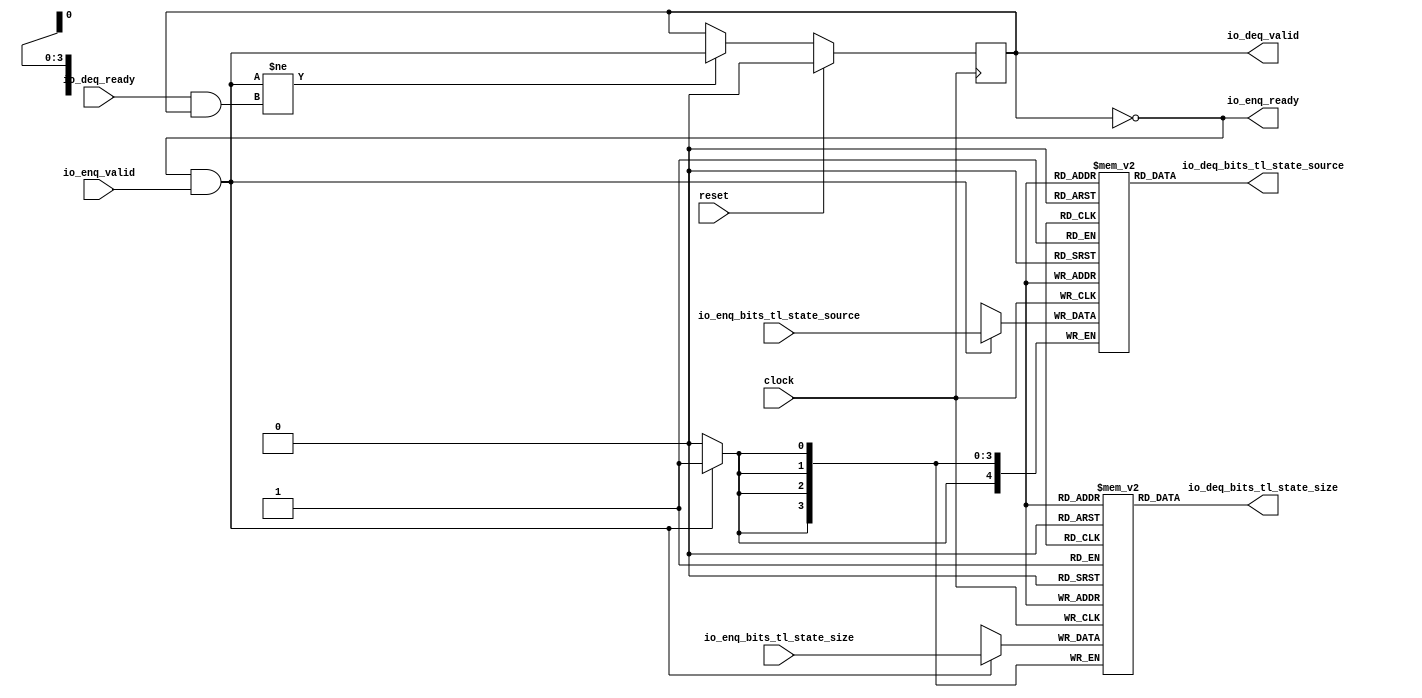
module QueueCompatibility( // @[:freechips.rocketchip.system.DefaultRV32Config.fir@22759.2]
  input        clock, // @[:freechips.rocketchip.system.DefaultRV32Config.fir@22760.4]
  input        reset, // @[:freechips.rocketchip.system.DefaultRV32Config.fir@22761.4]
  output       io_enq_ready, // @[:freechips.rocketchip.system.DefaultRV32Config.fir@22762.4]
  input        io_enq_valid, // @[:freechips.rocketchip.system.DefaultRV32Config.fir@22762.4]
  input  [3:0] io_enq_bits_tl_state_size, // @[:freechips.rocketchip.system.DefaultRV32Config.fir@22762.4]
  input  [4:0] io_enq_bits_tl_state_source, // @[:freechips.rocketchip.system.DefaultRV32Config.fir@22762.4]
  input        io_deq_ready, // @[:freechips.rocketchip.system.DefaultRV32Config.fir@22762.4]
  output       io_deq_valid, // @[:freechips.rocketchip.system.DefaultRV32Config.fir@22762.4]
  output [3:0] io_deq_bits_tl_state_size, // @[:freechips.rocketchip.system.DefaultRV32Config.fir@22762.4]
  output [4:0] io_deq_bits_tl_state_source // @[:freechips.rocketchip.system.DefaultRV32Config.fir@22762.4]
);
`ifdef RANDOMIZE_MEM_INIT
  reg [31:0] _RAND_0;
  reg [31:0] _RAND_1;
`endif // RANDOMIZE_MEM_INIT
`ifdef RANDOMIZE_REG_INIT
  reg [31:0] _RAND_2;
`endif // RANDOMIZE_REG_INIT
  reg [3:0] ram_tl_state_size [0:0]; // @[Decoupled.scala 209:16:freechips.rocketchip.system.DefaultRV32Config.fir@22767.4]
  wire [3:0] ram_tl_state_size__T_7_data; // @[Decoupled.scala 209:16:freechips.rocketchip.system.DefaultRV32Config.fir@22767.4]
  wire  ram_tl_state_size__T_7_addr; // @[Decoupled.scala 209:16:freechips.rocketchip.system.DefaultRV32Config.fir@22767.4]
  wire [3:0] ram_tl_state_size__T_3_data; // @[Decoupled.scala 209:16:freechips.rocketchip.system.DefaultRV32Config.fir@22767.4]
  wire  ram_tl_state_size__T_3_addr; // @[Decoupled.scala 209:16:freechips.rocketchip.system.DefaultRV32Config.fir@22767.4]
  wire  ram_tl_state_size__T_3_mask; // @[Decoupled.scala 209:16:freechips.rocketchip.system.DefaultRV32Config.fir@22767.4]
  wire  ram_tl_state_size__T_3_en; // @[Decoupled.scala 209:16:freechips.rocketchip.system.DefaultRV32Config.fir@22767.4]
  reg [4:0] ram_tl_state_source [0:0]; // @[Decoupled.scala 209:16:freechips.rocketchip.system.DefaultRV32Config.fir@22767.4]
  wire [4:0] ram_tl_state_source__T_7_data; // @[Decoupled.scala 209:16:freechips.rocketchip.system.DefaultRV32Config.fir@22767.4]
  wire  ram_tl_state_source__T_7_addr; // @[Decoupled.scala 209:16:freechips.rocketchip.system.DefaultRV32Config.fir@22767.4]
  wire [4:0] ram_tl_state_source__T_3_data; // @[Decoupled.scala 209:16:freechips.rocketchip.system.DefaultRV32Config.fir@22767.4]
  wire  ram_tl_state_source__T_3_addr; // @[Decoupled.scala 209:16:freechips.rocketchip.system.DefaultRV32Config.fir@22767.4]
  wire  ram_tl_state_source__T_3_mask; // @[Decoupled.scala 209:16:freechips.rocketchip.system.DefaultRV32Config.fir@22767.4]
  wire  ram_tl_state_source__T_3_en; // @[Decoupled.scala 209:16:freechips.rocketchip.system.DefaultRV32Config.fir@22767.4]
  reg  maybe_full; // @[Decoupled.scala 212:27:freechips.rocketchip.system.DefaultRV32Config.fir@22768.4]
  wire  empty; // @[Decoupled.scala 215:28:freechips.rocketchip.system.DefaultRV32Config.fir@22770.4]
  wire  do_enq; // @[Decoupled.scala 40:37:freechips.rocketchip.system.DefaultRV32Config.fir@22773.4]
  wire  do_deq; // @[Decoupled.scala 40:37:freechips.rocketchip.system.DefaultRV32Config.fir@22777.4]
  wire  _T_4; // @[Decoupled.scala 227:16:freechips.rocketchip.system.DefaultRV32Config.fir@22787.4]
  assign ram_tl_state_size__T_7_addr = 1'h0;
  assign ram_tl_state_size__T_7_data = ram_tl_state_size[ram_tl_state_size__T_7_addr]; // @[Decoupled.scala 209:16:freechips.rocketchip.system.DefaultRV32Config.fir@22767.4]
  assign ram_tl_state_size__T_3_data = io_enq_bits_tl_state_size;
  assign ram_tl_state_size__T_3_addr = 1'h0;
  assign ram_tl_state_size__T_3_mask = 1'h1;
  assign ram_tl_state_size__T_3_en = io_enq_ready & io_enq_valid;
  assign ram_tl_state_source__T_7_addr = 1'h0;
  assign ram_tl_state_source__T_7_data = ram_tl_state_source[ram_tl_state_source__T_7_addr]; // @[Decoupled.scala 209:16:freechips.rocketchip.system.DefaultRV32Config.fir@22767.4]
  assign ram_tl_state_source__T_3_data = io_enq_bits_tl_state_source;
  assign ram_tl_state_source__T_3_addr = 1'h0;
  assign ram_tl_state_source__T_3_mask = 1'h1;
  assign ram_tl_state_source__T_3_en = io_enq_ready & io_enq_valid;
  assign empty = ~maybe_full; // @[Decoupled.scala 215:28:freechips.rocketchip.system.DefaultRV32Config.fir@22770.4]
  assign do_enq = io_enq_ready & io_enq_valid; // @[Decoupled.scala 40:37:freechips.rocketchip.system.DefaultRV32Config.fir@22773.4]
  assign do_deq = io_deq_ready & io_deq_valid; // @[Decoupled.scala 40:37:freechips.rocketchip.system.DefaultRV32Config.fir@22777.4]
  assign _T_4 = do_enq != do_deq; // @[Decoupled.scala 227:16:freechips.rocketchip.system.DefaultRV32Config.fir@22787.4]
  assign io_enq_ready = ~maybe_full; // @[Decoupled.scala 232:16:freechips.rocketchip.system.DefaultRV32Config.fir@22794.4]
  assign io_deq_valid = ~empty; // @[Decoupled.scala 231:16:freechips.rocketchip.system.DefaultRV32Config.fir@22792.4]
  assign io_deq_bits_tl_state_size = ram_tl_state_size__T_7_data; // @[Decoupled.scala 233:15:freechips.rocketchip.system.DefaultRV32Config.fir@22796.4]
  assign io_deq_bits_tl_state_source = ram_tl_state_source__T_7_data; // @[Decoupled.scala 233:15:freechips.rocketchip.system.DefaultRV32Config.fir@22796.4]
`ifdef RANDOMIZE_GARBAGE_ASSIGN
`define RANDOMIZE
`endif
`ifdef RANDOMIZE_INVALID_ASSIGN
`define RANDOMIZE
`endif
`ifdef RANDOMIZE_REG_INIT
`define RANDOMIZE
`endif
`ifdef RANDOMIZE_MEM_INIT
`define RANDOMIZE
`endif
`ifndef RANDOM
`define RANDOM $random
`endif
`ifdef RANDOMIZE_MEM_INIT
  integer initvar;
`endif
`ifndef SYNTHESIS
`ifdef FIRRTL_BEFORE_INITIAL
`FIRRTL_BEFORE_INITIAL
`endif
initial begin
  `ifdef RANDOMIZE
    `ifdef INIT_RANDOM
      `INIT_RANDOM
    `endif
    `ifndef VERILATOR
      `ifdef RANDOMIZE_DELAY
        #`RANDOMIZE_DELAY begin end
      `else
        #0.002 begin end
      `endif
    `endif
`ifdef RANDOMIZE_MEM_INIT
  _RAND_0 = {1{`RANDOM}};
  for (initvar = 0; initvar < 1; initvar = initvar+1)
    ram_tl_state_size[initvar] = _RAND_0[3:0];
  _RAND_1 = {1{`RANDOM}};
  for (initvar = 0; initvar < 1; initvar = initvar+1)
    ram_tl_state_source[initvar] = _RAND_1[4:0];
`endif // RANDOMIZE_MEM_INIT
`ifdef RANDOMIZE_REG_INIT
  _RAND_2 = {1{`RANDOM}};
  maybe_full = _RAND_2[0:0];
`endif // RANDOMIZE_REG_INIT
  `endif // RANDOMIZE
end // initial
`ifdef FIRRTL_AFTER_INITIAL
`FIRRTL_AFTER_INITIAL
`endif
`endif // SYNTHESIS
  always @(posedge clock) begin
    if(ram_tl_state_size__T_3_en & ram_tl_state_size__T_3_mask) begin
      ram_tl_state_size[ram_tl_state_size__T_3_addr] <= ram_tl_state_size__T_3_data; // @[Decoupled.scala 209:16:freechips.rocketchip.system.DefaultRV32Config.fir@22767.4]
    end
    if(ram_tl_state_source__T_3_en & ram_tl_state_source__T_3_mask) begin
      ram_tl_state_source[ram_tl_state_source__T_3_addr] <= ram_tl_state_source__T_3_data; // @[Decoupled.scala 209:16:freechips.rocketchip.system.DefaultRV32Config.fir@22767.4]
    end
    if (reset) begin
      maybe_full <= 1'h0;
    end else if (_T_4) begin
      maybe_full <= do_enq;
    end
  end
endmodule